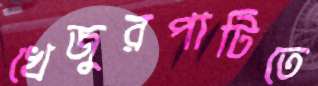
খেজুরপাটিতে